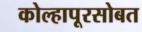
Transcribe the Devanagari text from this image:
कोल्हापूरसोबत